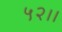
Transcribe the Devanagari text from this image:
५२।।